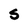
Character: S